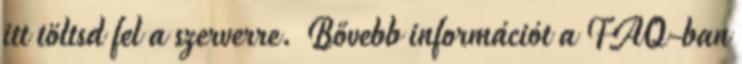
itt töltsd fel a szerverre. Bővebb információt a FAQ-ban